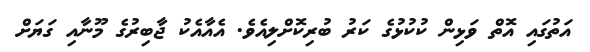
އަތުގައި އޮތް ވަޅިން ކުކުޅުގެ ކަރު ބުރިކޮށްލިއެވެ. އެއާއެކު ޖާބިރުގެ މޫނާއި ގަޔަށް